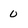
Character: 0